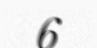
6